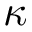
\kappa